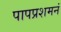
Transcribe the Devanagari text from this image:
पापप्रशमनं